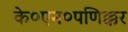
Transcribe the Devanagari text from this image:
के०एन०पणिक्कर